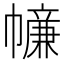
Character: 𢅖